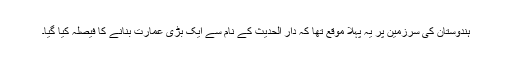
ہندوستان کی سرزمین پر یہ پہلا موقع تھا کہ دار الحدیث کے نام سے ایک بڑی عمارت بنانے کا فیصلہ کیا گیا۔